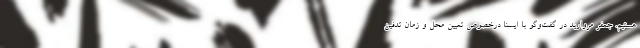
هستیم. جعفر مروارید در گفت‌وگو با ایسنا درخصوص تعیین محل و زمان تدفین